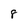
Character: 8